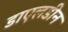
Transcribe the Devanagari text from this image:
डाएलडीन